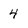
Character: 4